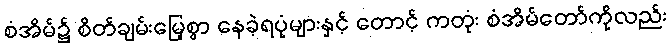
စံအိမ်၌ စိတ်ချမ်းမြေ့စွာ နေခဲ့ရပုံများနှင့် တောင့် ကတုံး စံအိမ်တော်ကိုလည်း